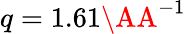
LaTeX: q=1.61\AA^{-1}